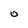
Character: o